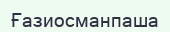
Ғазиосманпаша